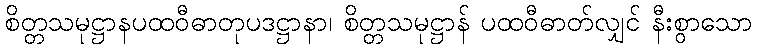
စိတ္တသမုဋ္ဌာနပထဝီဓာတုပဒဋ္ဌာနာ၊ စိတ္တသမုဋ္ဌာန် ပထဝီဓာတ်လျှင် နီးစွာသော